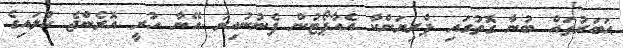
ޙަބަރުތައް ބުނާ ގޮތުގައި ޕްރިޔަންކާ އެއާޕޯޓުން ފެނުނުއިރު އޭނާ ހުރީ އޮރެންޖެ ކުލައިގެ